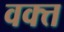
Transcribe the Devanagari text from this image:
वक्त्त